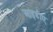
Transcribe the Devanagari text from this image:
आइडीए